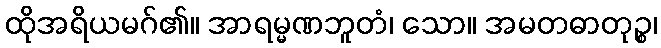
ထိုအရိယမဂ်၏။ အာရမ္မဏဘူတံ၊ သော။ အမတဓာတုဉ္စ၊